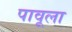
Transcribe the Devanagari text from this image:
पावूला